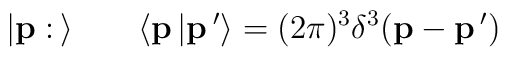
\vert {\bf p}: \, \rangle \qquad \langle {\bf p} \, \vert {\bf p}\,'\rangle =  (2\pi)^3\delta^3 ({\bf p} - {\bf p}\,' )